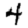
Digit: 4